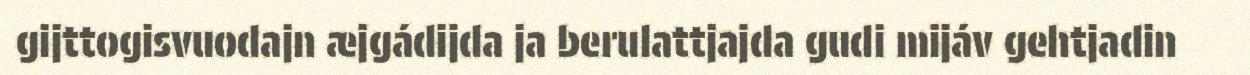
gijttogisvuodajn æjgádijda ja berulattjajda gudi mijáv gehtjadin